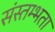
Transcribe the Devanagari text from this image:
संस्तम्भता